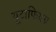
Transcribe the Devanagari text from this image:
यूटाफियस